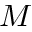
M